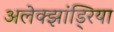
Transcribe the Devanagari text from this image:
अलेक्‍झांड्रिया